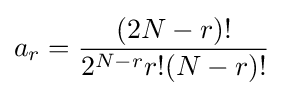
a_{r}={\frac {(2N-r)!}{2^{N-r}r!(N-r)!}}